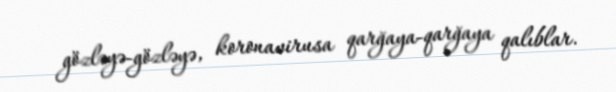
gözləyə-gözləyə, koronavirusa qarğaya-qarğaya qalıblar.